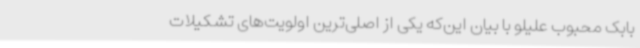
بابک محبوب علیلو با بیان این‌که یکی از اصلی‌ترین اولویت‌های تشکیلات